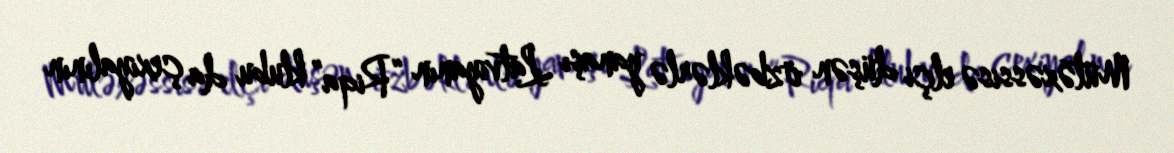
Mütəxəssisə elçi düşən özbəklərlə yanaşı Latviyanın “Riqa” klubu da çexiyalının